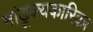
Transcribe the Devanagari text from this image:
मांडूक्यकारिका